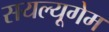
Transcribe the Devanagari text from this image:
सयल्यूगेम